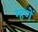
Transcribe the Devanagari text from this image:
म्हणें